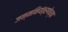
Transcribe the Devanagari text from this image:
जन्मनियंत्रणेच्या